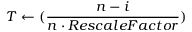
T \leftarrow ( \frac { n - i } { n \cdot R e s c a l e F a c t o r } )